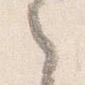
之